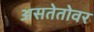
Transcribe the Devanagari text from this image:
असतेतोवर